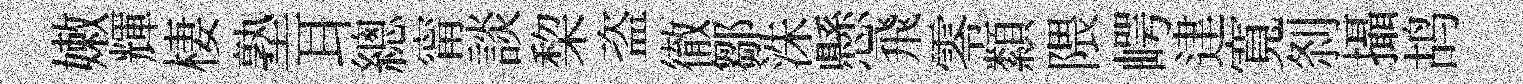
嫩輝棲塾耳總甯談棃盗徹鄒洙懸飛零纇隈崿䢖寬𠛴攝鸪